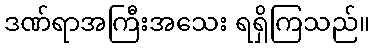
ဒဏ်ရာအကြီးအသေး ရရှိကြသည်။